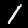
Label: 1